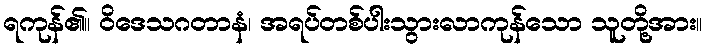
ရကုန်၏။ ဝိဒေသဂတာနံ၊ အရပ်တစ်ပါးသွားလာကုန်သော သူတို့အား။